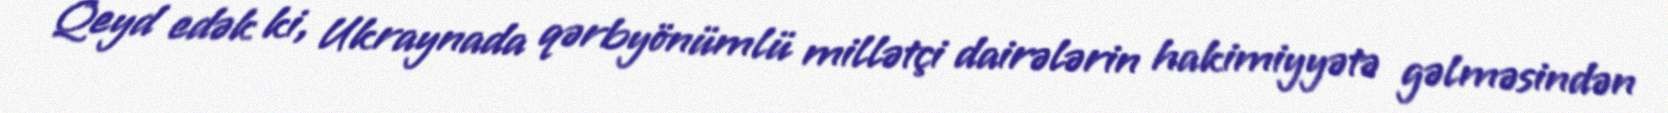
Qeyd edək ki, Ukraynada qərbyönümlü millətçi dairələrin hakimiyyətə gəlməsindən